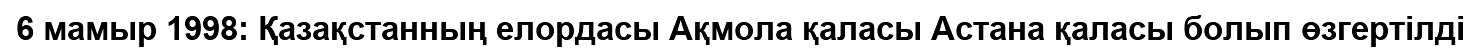
6 мамыр 1998: Қазақстанның елордасы Ақмола қаласы Астана қаласы болып өзгертілді